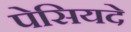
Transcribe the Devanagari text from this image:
पेसियदे